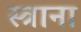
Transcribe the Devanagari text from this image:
स्त्राना